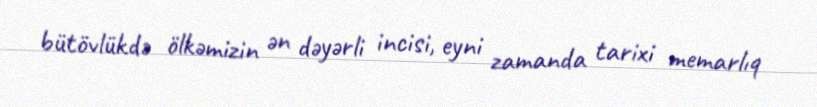
bütövlükdə ölkəmizin ən dəyərli incisi, eyni zamanda tarixi memarlıq